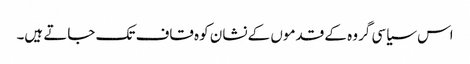
اس سیاسی گروہ کے قدموں کے نشان کوہ قاف تک جاتے ہیں۔